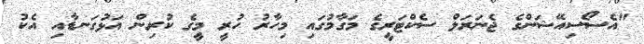
"އެސޯސިއޭޝަންގެ ޖެނަރަލް ސެކްޓަރީގެ މަގާމުގައި މިހާރު ހުރީ މީގެ ކުރިން އަޅުގަނޑާއި އެކު